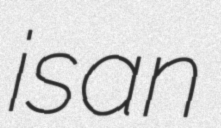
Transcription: is an